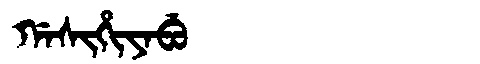
Manchu: ᡤᠠᠰᡳᡥᡳᠶᠠᠪᡠ
Romanization: GASIHIYABU